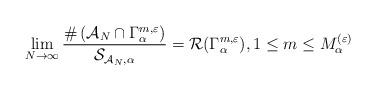
LaTeX: \begin{align*}\lim_{N\to\infty}\frac{\#\left( \mathcal{A}_N\cap \Gamma_\alpha^{m,\varepsilon}\right)}{\mathcal{S}_{\mathcal{A}_N,\alpha}} = \mathcal{R}(\Gamma_\alpha^{m,\varepsilon}) , 1\le m\le M_\alpha^{(\varepsilon)} \end{align*}